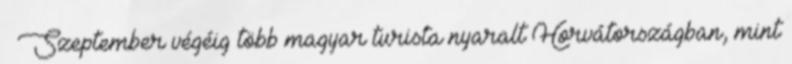
« Szeptember végéig több magyar turista nyaralt Horvátországban, mint